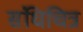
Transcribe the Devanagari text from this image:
संधिचित्र